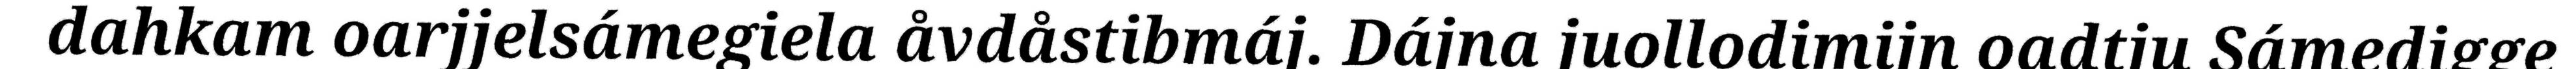
dahkam oarjjelsámegiela åvdåstibmáj. Dájna juollodimijn oadtju Sámedigge